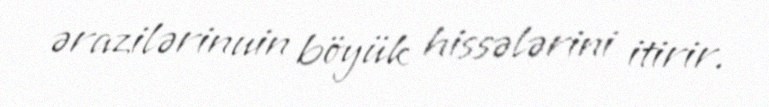
ərazilərinuin böyük hissələrini itirir.